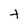
Character: t